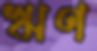
ঋণ